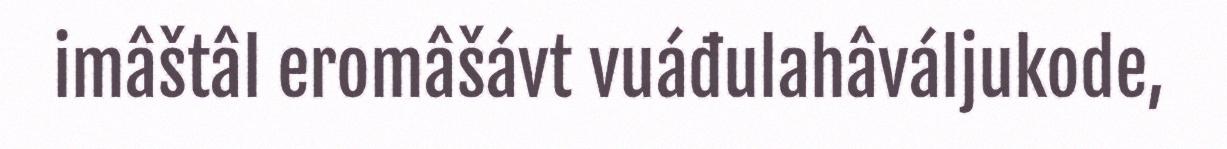
imâštâl eromâšávt vuáđulahâváljukode,